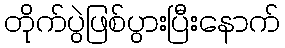
တိုက်ပွဲဖြစ်ပွားပြီးနောက်